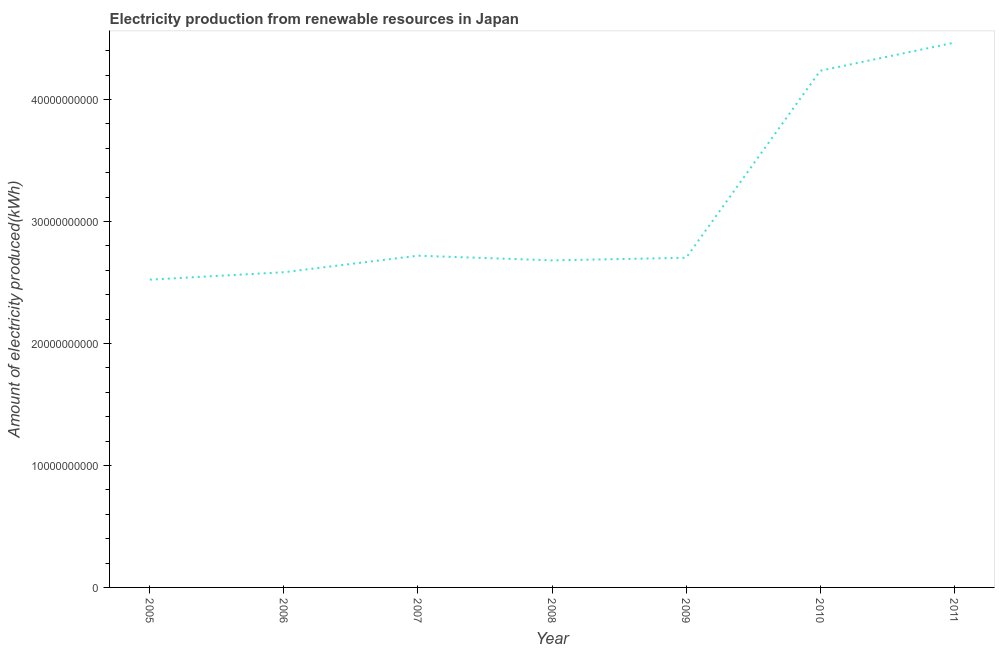
| Year | Electricity production from renewable sources |
 | --- | --- |
 | 2005 | 2.52e+10 |
 | 2006 | 2.58e+10 |
 | 2007 | 2.72e+10 |
 | 2008 | 2.68e+10 |
 | 2009 | 2.7e+10 |
 | 2010 | 4.24e+10 |
 | 2011 | 4.47e+10 |